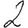
Digit: 2